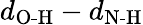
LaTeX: d_{\textrm{O-H}}-d_{\textrm{N-H}}